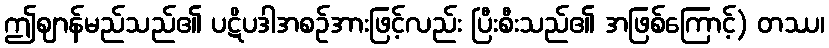
ဤဈာန်မည်သည်၏ ပဋိပဒါအစဉ်အားဖြင့်လည်း ပြီးစီးသည်၏ အဖြစ်ကြောင့်) တဿ၊